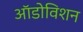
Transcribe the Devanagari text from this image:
ऑडोविशन